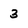
Character: 3